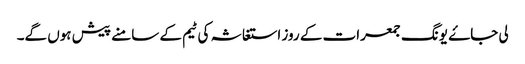
لی جاۓ یونگ جمعرات کے روز استغاثہ کی ٹیم کے سامنے پیش ہوں گے۔